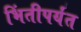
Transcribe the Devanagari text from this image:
भिंतीपर्यंत